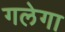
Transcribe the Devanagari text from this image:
गलेगा